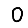
Digit: 0